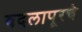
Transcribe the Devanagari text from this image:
बदलापूरचे